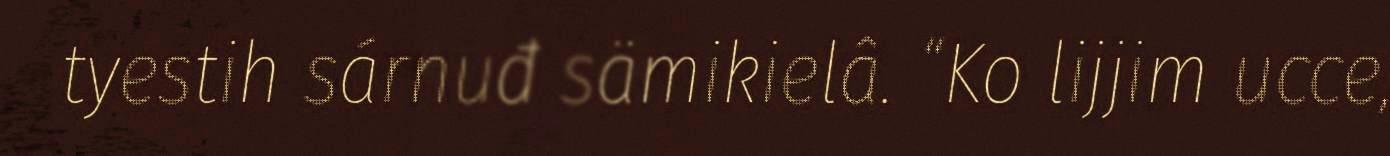
tyestih sárnuđ sämikielâ. “Ko lijjim ucce,